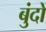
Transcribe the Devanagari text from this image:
बुंदों